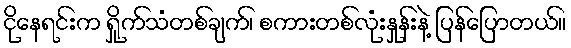
ငိုနေရင်းက ရှိုက်သံတစ်ချက်၊ စကားတစ်လုံးနှုန်းနဲ့ ပြန်ပြောတယ်။